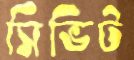
সিভিট